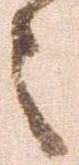
々